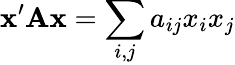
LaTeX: \mathbf{x}^{\prime}\mathbf{A}\mathbf{x}=\sum_{i,j}a_{ij}x_{i}x_{j}